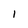
Character: 1